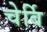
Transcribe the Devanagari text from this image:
चेर्बि